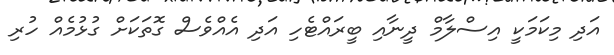
އަދި މިކަމަކީ އިސްލާމް ދީނާއި ބީރައްޓެހި އަދި އެއްވެސް ގޮތަކަށް ގުޅުމެއް ހުރި